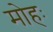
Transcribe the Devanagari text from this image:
मोहः